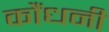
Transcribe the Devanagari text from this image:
कौंधनी